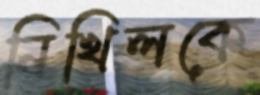
নিখিলকে